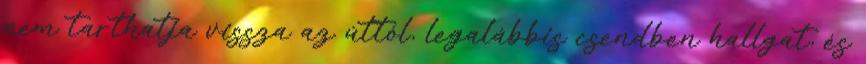
nem tarthatja vissza az úttól, legalábbis csendben hallgat, és